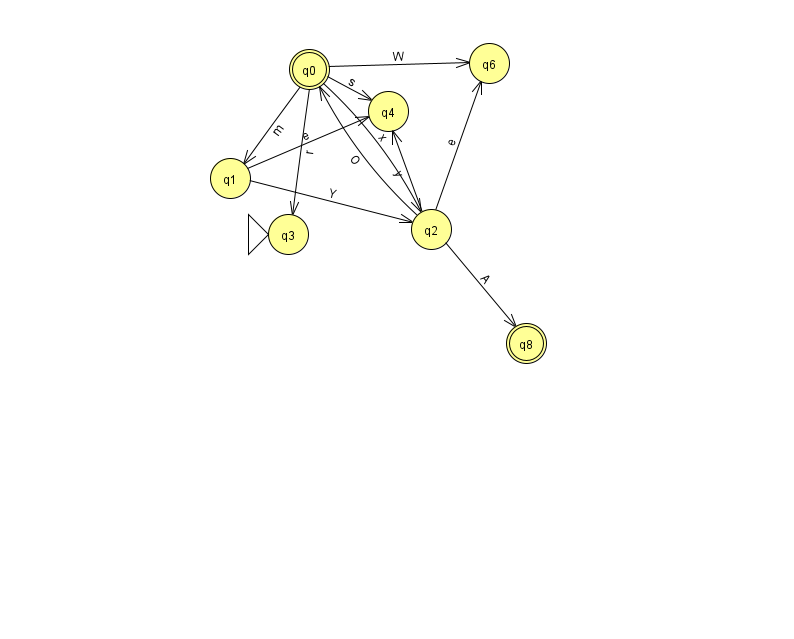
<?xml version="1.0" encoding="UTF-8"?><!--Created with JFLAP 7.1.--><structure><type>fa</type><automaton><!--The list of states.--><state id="0" name="q0"><x>309.0</x><y>56.0</y><final/></state><state id="1" name="q1"><x>230.0</x><y>165.0</y></state><state id="2" name="q2"><x>431.0</x><y>216.0</y></state><state id="3" name="q3"><x>288.0</x><y>221.0</y><initial/></state><state id="4" name="q4"><x>388.0</x><y>98.0</y></state><state id="6" name="q6"><x>489.0</x><y>50.0</y></state><state id="8" name="q8"><x>526.0</x><y>330.0</y><final/></state><!--The list of transitions.--><transition><from>0</from><to>2</to><read>x</read></transition><transition><from>1</from><to>4</to><read>e</read></transition><transition><from>2</from><to>6</to><read>e</read></transition><transition><from>2</from><to>0</to><read>O</read></transition><transition><from>0</from><to>1</to><read>m</read></transition><transition><from>0</from><to>3</to><read>r</read></transition><transition><from>2</from><to>8</to><read>A</read></transition><transition><from>1</from><to>2</to><read>Y</read></transition><transition><from>2</from><to>4</to><read>y</read></transition><transition><from>0</from><to>4</to><read>s</read></transition><transition><from>0</from><to>6</to><read>W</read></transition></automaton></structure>